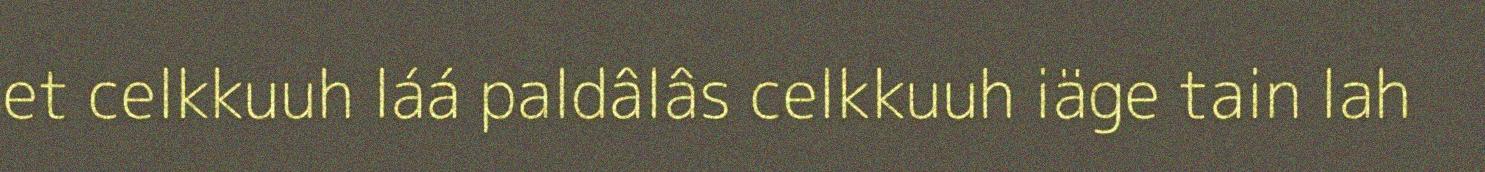
et celkkuuh láá paldâlâs celkkuuh iäge tain lah